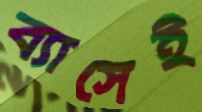
ব্যাসেই